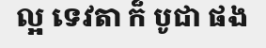
ល្អ ទេវតា ក៏ បូជា ផង